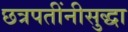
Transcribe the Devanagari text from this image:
छत्रपतींनीसुद्धा